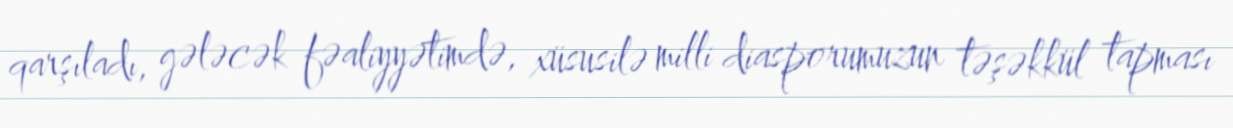
qarşıladı, gələcək fəaliyyətimdə, xüsusilə milli diasporumuzun təşəkkül tapması